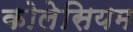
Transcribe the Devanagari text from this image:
कोलेसियम